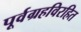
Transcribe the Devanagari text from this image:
पूर्वग्रहविरहित